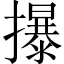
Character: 㩧